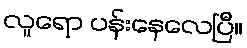
လူရော ပန်းနေလေပြီ။